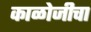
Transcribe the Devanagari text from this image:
काळोजीचा